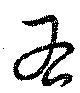
右